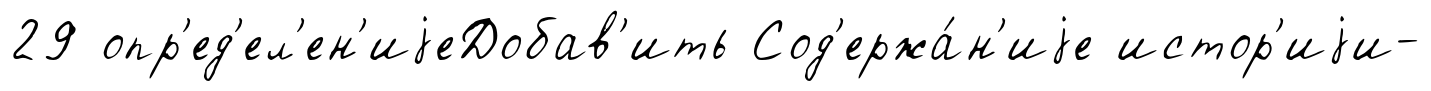
29 опр'ед'ел'ен'иjеДобав'ить Сод'ержа́н'иjе истор'иjи-